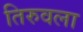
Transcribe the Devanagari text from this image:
तिरुवला